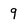
Character: 9